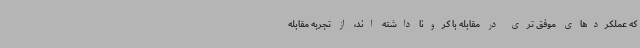
که عملکردهای موفق تری در مقابله با کرونا داشته اند، از تجربه مقابله